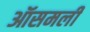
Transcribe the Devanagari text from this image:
ऑसमली